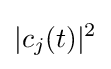
|c_{j}(t)|^{2}